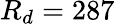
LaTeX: R_{d}=287